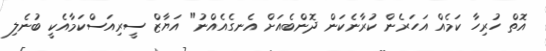
އޮތް ހުރިހާ ކަމެއް އަހަރެން ކުރާނެކަން ދޮންބެއަށް އެނގެއެއްނު" އަޔާޒް ސީރިއަސްކަމާއެކީ ބުނެލި